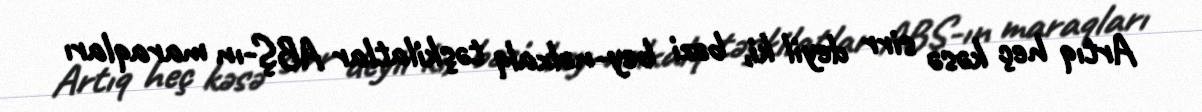
Artıq heç kəsə sirr deyil ki, bəzi bey­nəlxalq təşkilatlar ABŞ-ın maraqları